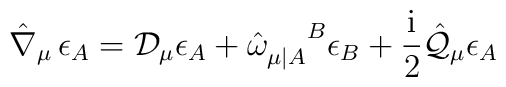
\hat{\nabla}_{\mu}\,\epsilon _A = {\mathcal D}_\mu \epsilon_A + \hat{\omega}_{\mu |A}^{\phantom{\mu |A}B} \epsilon_B +\frac{\rm i}2 \hat{\cal Q}_\mu\epsilon_A